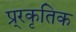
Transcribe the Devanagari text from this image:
प्र्रकृतिक